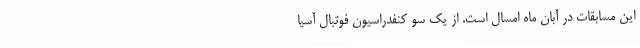
این مسابقات در آبان ماه امسال است. از یک سو کنفدراسیون فوتبال آسیا